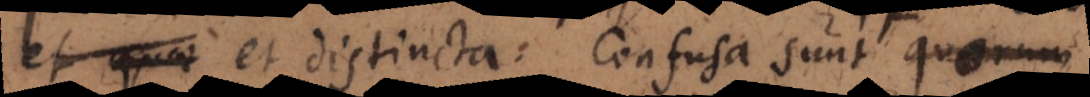
confusa et distincta. Confusa sunt quorum